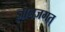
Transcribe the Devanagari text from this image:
ज्ञानजगत्‌